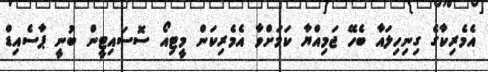
އެމެރިކާގެ ގިނިހިލައާ ބެހޭ ޖަމިއްޔާ ކަމަށްވާ އެމެރިކަން މީޓިއޯ ސޮސައިޓީން ބުނީ ޕާސެއިޑް